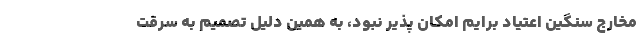
مخارج سنگین اعتیاد برایم امکان پذیر نبود، به همین دلیل تصمیم به سرقت